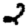
Digit: 2